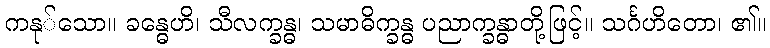
ကနု်သော။ ခန္ဓေဟိ၊ သီလက္ခန္ဓ၊ သမာဓိက္ခန္ဓ ပညာက္ခန္ဓာတို့ဖြင့်။ သင်္ဂဟိတော၊ ၏။